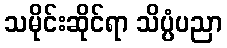
သမိုင်းဆိုင်ရာ သိပ္ပံပညာ